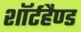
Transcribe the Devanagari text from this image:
शॉर्टहैण्ड